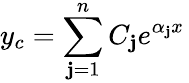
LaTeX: y_{c}=\sum_{\mathbf{j}=1}^{n}C_{\mathbf{j}}e^{\alpha_{\mathbf{j}}x}\,